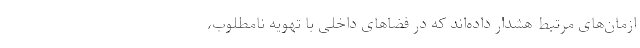
ازمان‌های مرتبط هشدار داده‌اند که در فضاهای داخلی با تهویه نامطلوب،